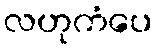
လဟုကံပေ